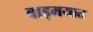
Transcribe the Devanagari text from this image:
वाड्मयात